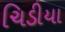
ચિડીયા